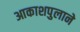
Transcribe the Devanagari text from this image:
आकाशपुलाने